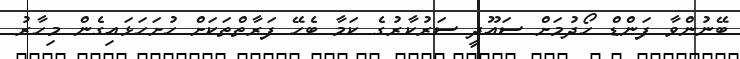
ބޭނުންވާ ފަންޑް ހޯދުމަށް ސައޫދީ ސަރުކާރުގެ ކަމާ ބެހޭ ފަރާތްތަކަށް ހުށަހަޅައިގެން މިހާރު